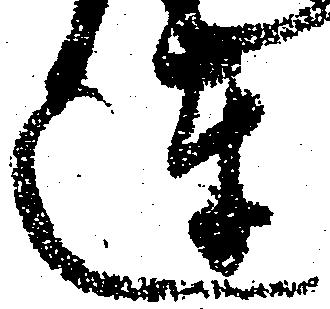
達